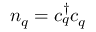
n _ { q } = c _ { q } ^ { \dag } c _ { q }